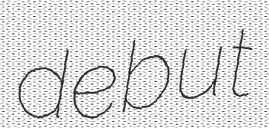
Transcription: debut